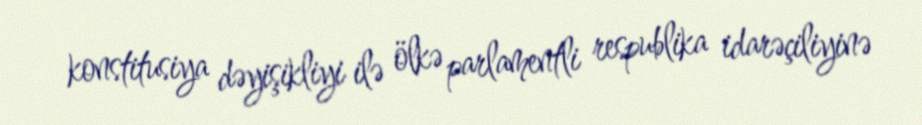
konstitusiya dəyişikliyi ilə ölkə parlamentli respublika idarəçiliyinə